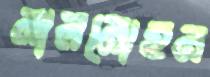
লালমোহন